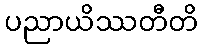
ပညာယိဿတီတိ